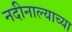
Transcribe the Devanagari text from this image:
नदीनाल्याच्या